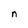
Character: n